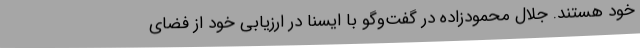
خود هستند. جلال محمودزاده در گفت‌وگو با ایسنا در ارزیابی خود از فضای